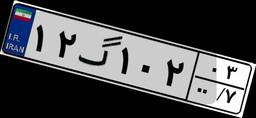
۱۲گ۱۰۲۰۳